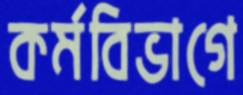
কর্মবিভাগে